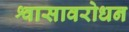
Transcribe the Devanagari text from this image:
श्वासावरोधन